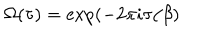
\Omega ( \tau ) = \exp ( - 2 \pi i \tau / \beta )